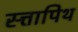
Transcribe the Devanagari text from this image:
स्त्तापिथ